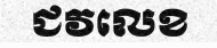
ជវលេខ